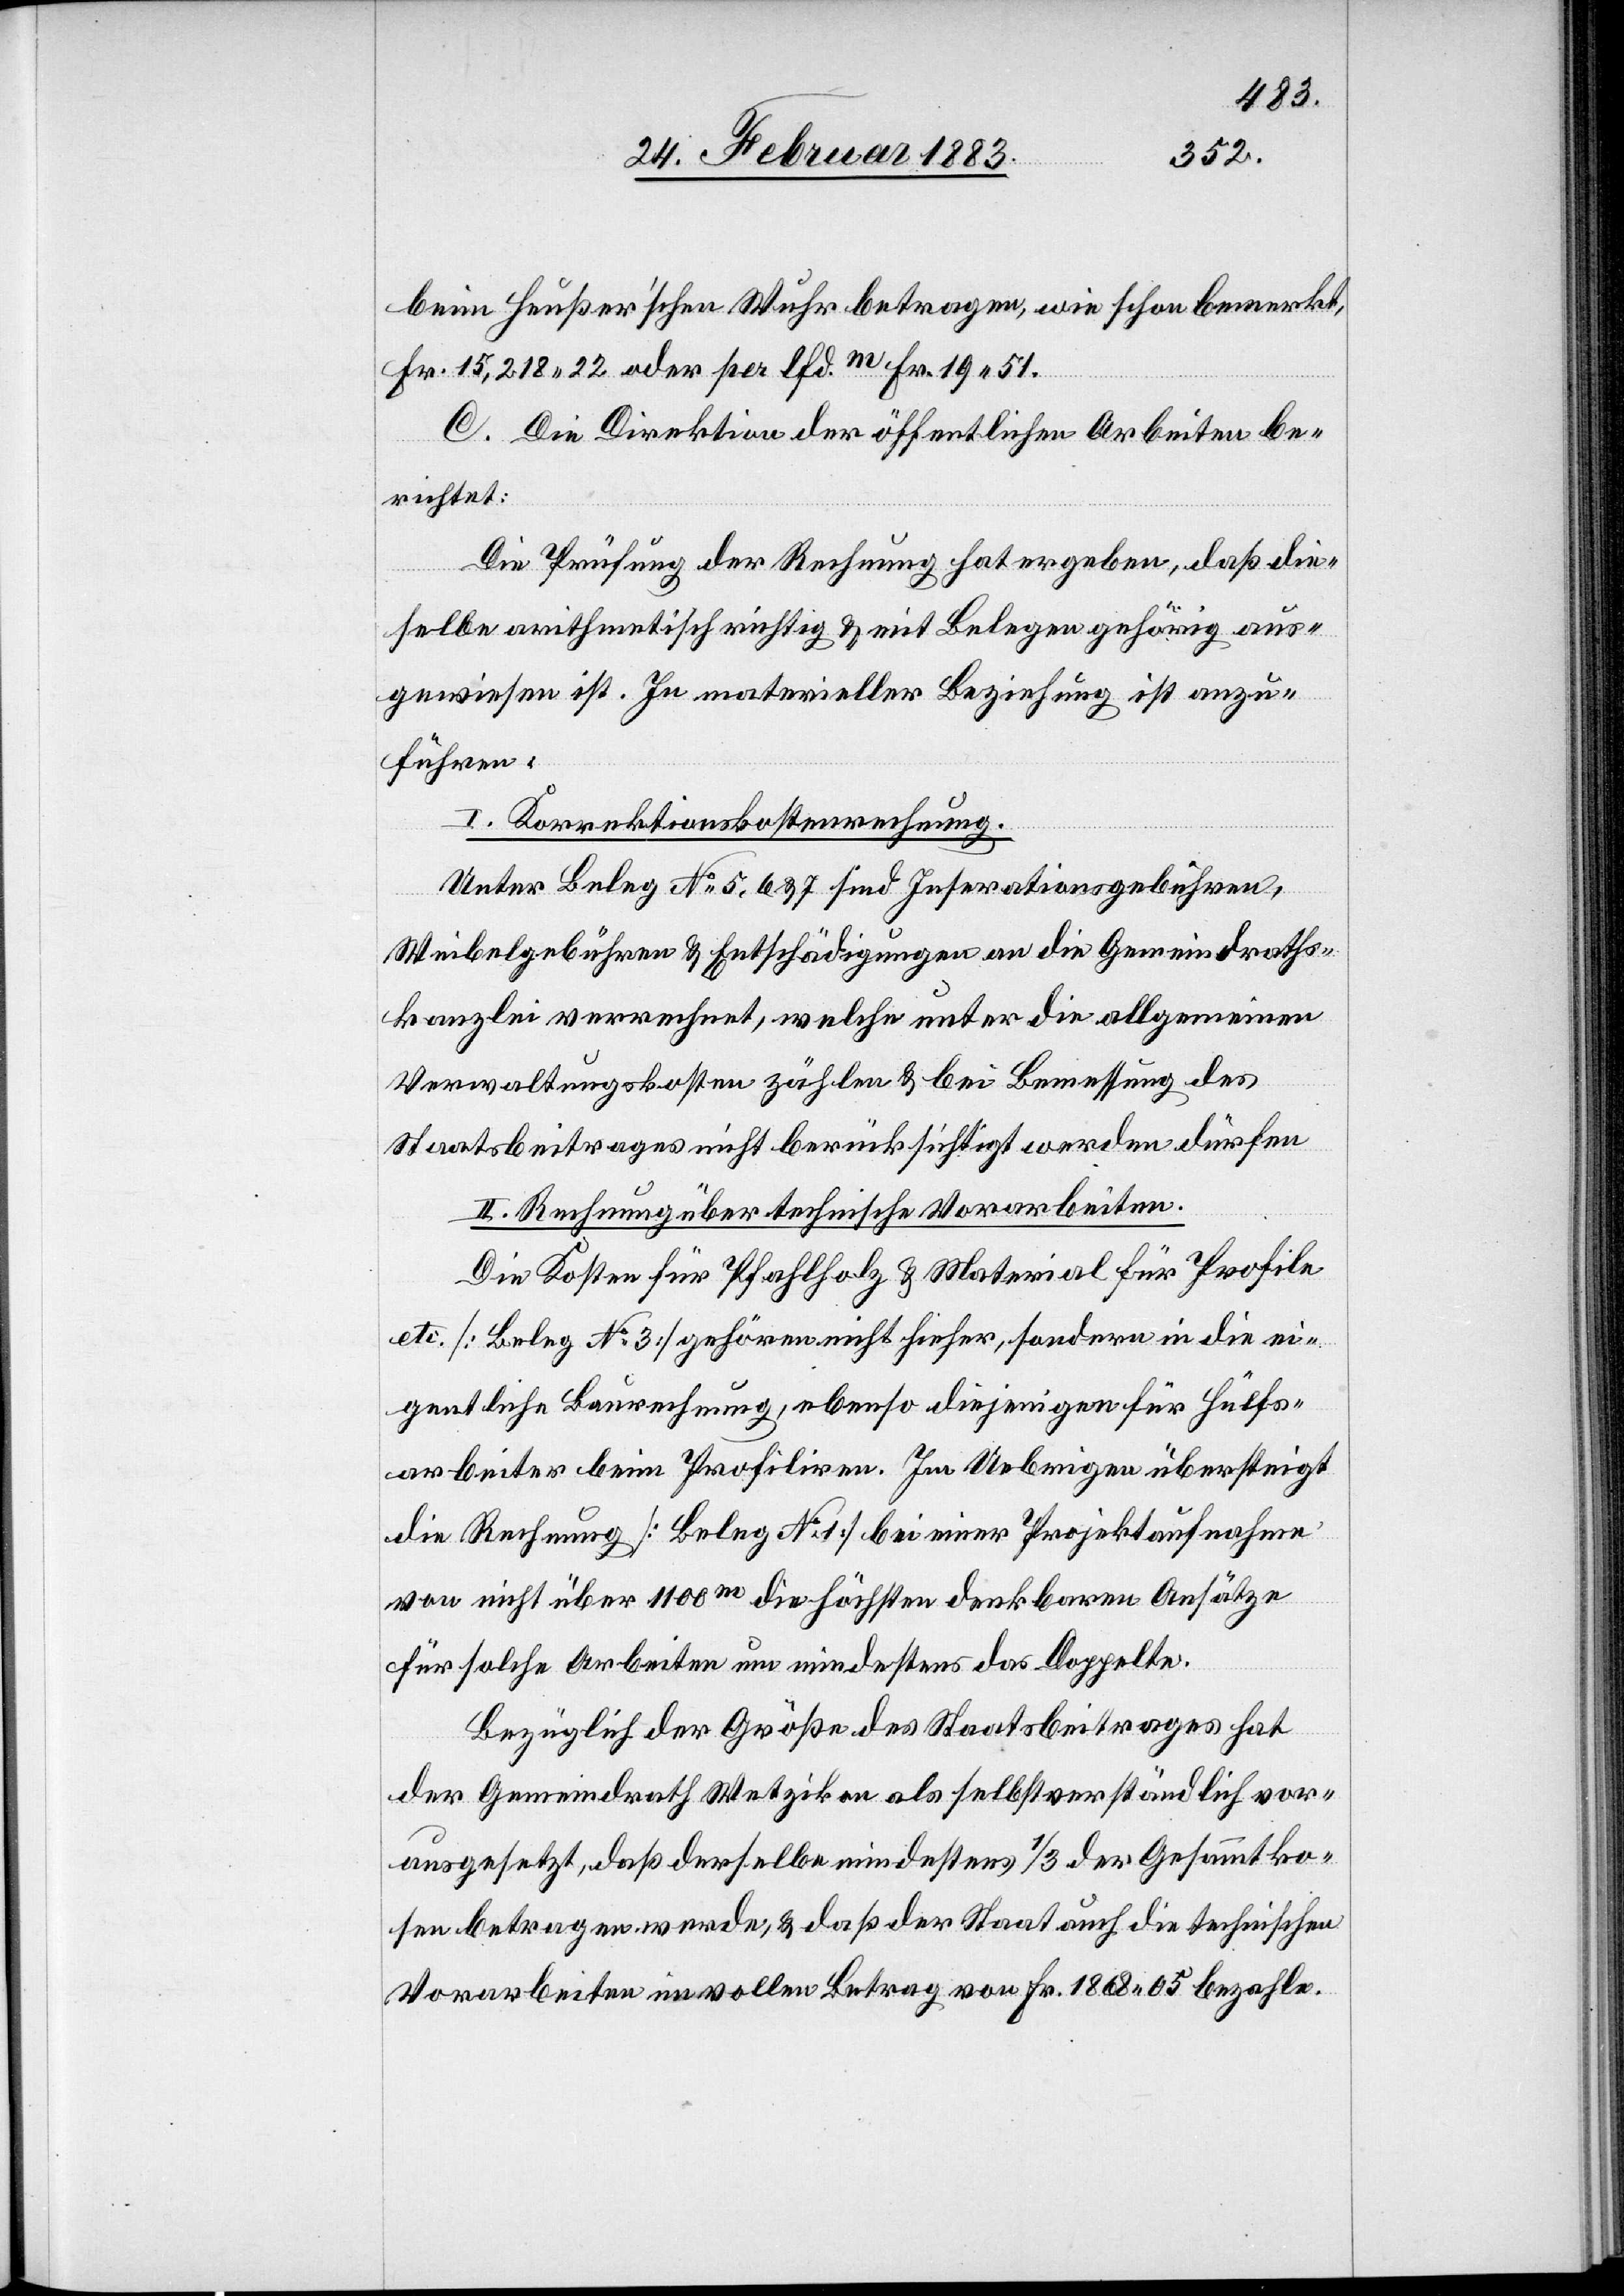
beim Heußerʼschen Wuhr betragen, wie schon bemerkt,
Fr. 15,218 22 oder per lfd. m Fr. 19 51.
C. Die Direktion der öffentlichen Arbeiten be¬
richtet:
Die Prüfung der Rechnung hat ergeben, daß die¬
selbe arithmetisch richtig & mit Belegen gehörig aus¬
gewiesen ist. In materieller Beziehung ist anzu¬
führen:
I. Korrektionskostenrechnung.
Unter Beleg No 5, 6 & 7 sind Inserationsgebühren,
Weibelgebühren & Entschädigungen an die Gemeindraths¬
kanzlei verrechnet, welche unter die allgemeinen
Verwaltungskosten zählen & bei Bemessung des
Staatsbeitrages nicht berücksichtigt werden dürfen.
II. Rechnung über technische Vorarbeiten.
Die Kosten für Pfahlholz & Material für Profile
etc. [Beleg No 3] gehören nicht hieher, sondern in die ei¬
gentliche Baurechnung, ebenso diejenigen für Hülfs¬
arbeiter beim Profiliren. Im Uebrigen übersteigt
die Rechnung [Beleg No 1] bei einer Projektaufnahme
von nicht über 1100m die höchsten denkbaren Ansätze
für solche Arbeiten um mindestens das Doppelte.
Bezüglich der Größe des Staatsbeitrages hat
der Gemeindrath Wetzikon als selbstverständlich vor¬
ausgesetzt, daß derselbe mindestens 1/3 der Gesammtko¬
sten betragen werde, & daß der Staat auch die technischen
Vorarbeiten im vollen Betrag von Fr. 1868 05 bezahle.